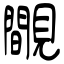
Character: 覸